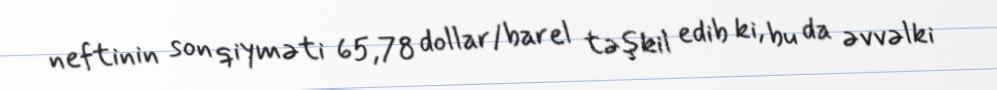
neftinin son qiyməti 65,78 dollar/barel təşkil edib ki, bu da əvvəlki